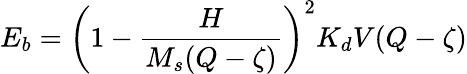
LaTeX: E_{b}=\left(1-\frac{H}{M_{s}(Q-\zeta)}\right)^{2}K_{d}V(Q-\zeta)